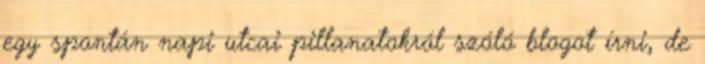
egy spontán napi utcai pillanatokról szóló blogot írni, de